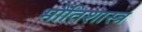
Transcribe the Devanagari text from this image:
भौतिशास्त्र